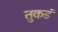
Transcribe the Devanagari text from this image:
तुकडं